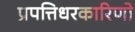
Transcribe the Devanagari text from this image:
प्रपत्तिधरकारिणो